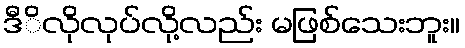
ဒီိလိုလုပ်လို့လည်း မဖြစ်သေးဘူး။